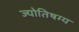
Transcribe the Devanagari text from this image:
ज्योतिषग्य